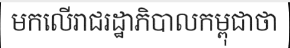
មកលើរាជរដ្ឋាភិបាលកម្ពុជាថា